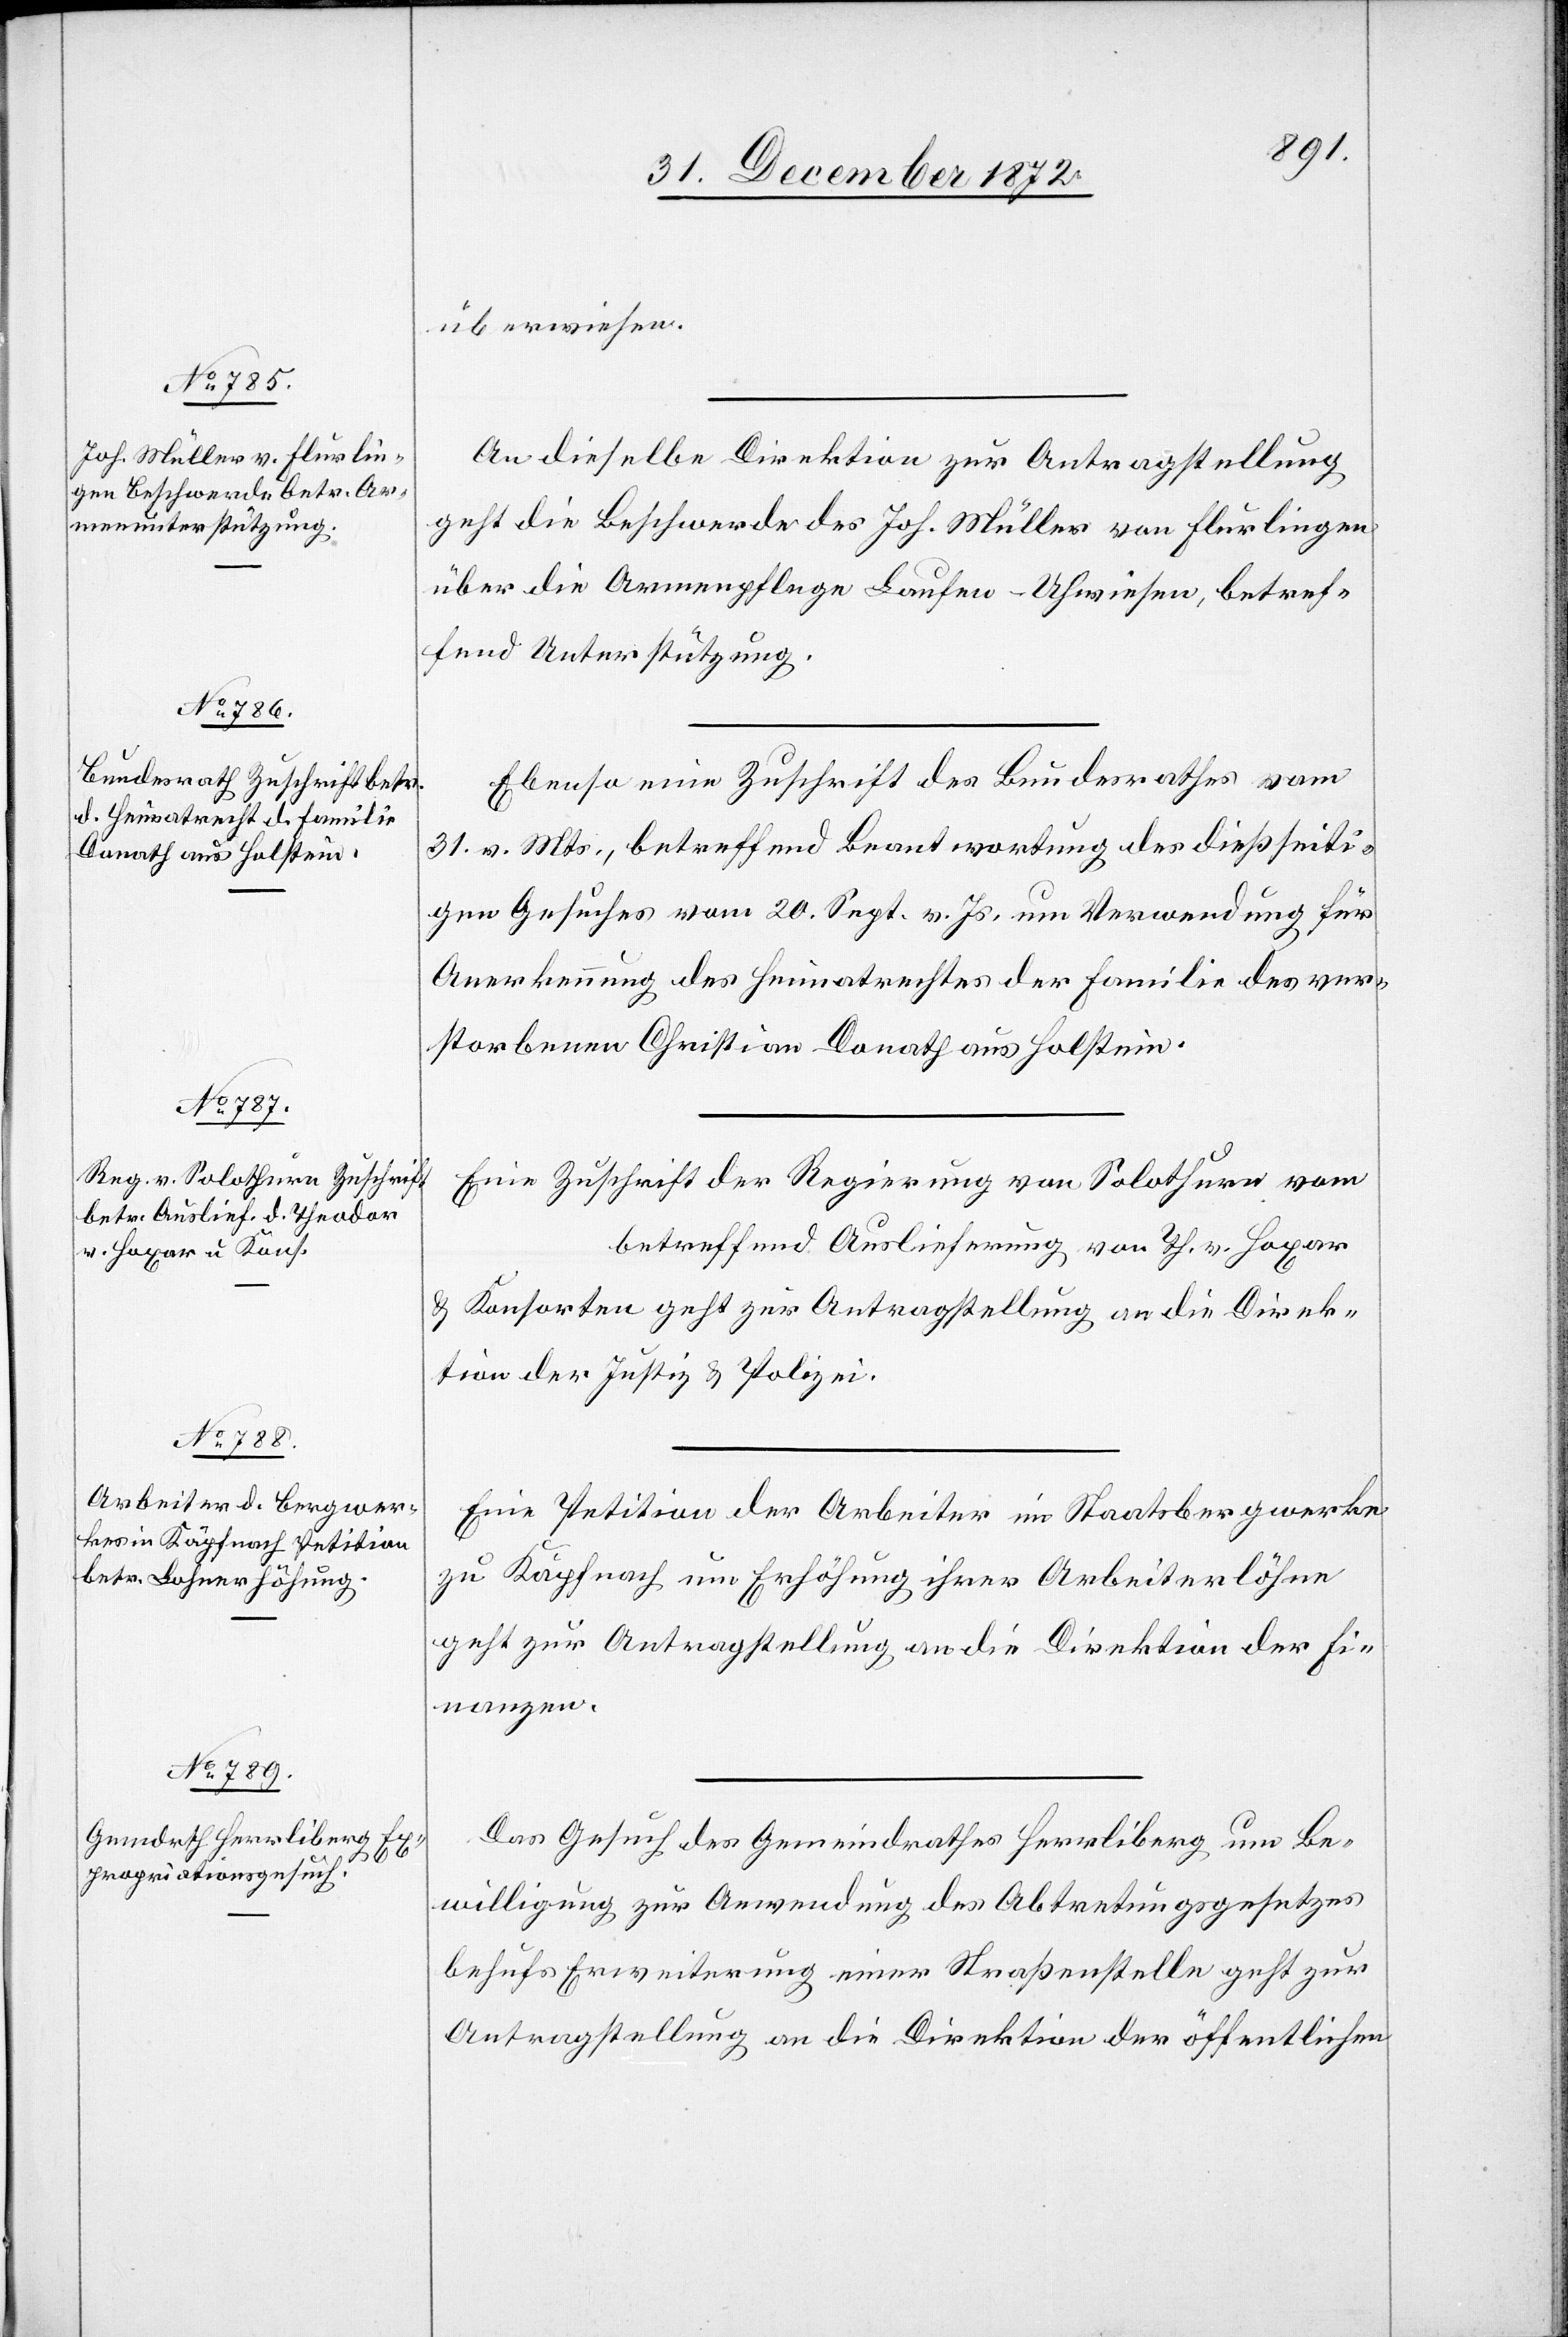
3.
1873.]

überwiesen.
An dieselbe Direktion zur Antragstellung
geht die Beschwerde des Joh. Müller von Flurlingen
über die Armenpflege Laufen-Uhwiesen, betref¬
fend Unterstützung.
Ebenso eine Zuschrift des Bundesrathes vom
31. v. Mts., betreffend Beantwortung des dießseiti¬
gen Gesuches vom 20. Sept. v. Js. um Verwendung für
Anerkennung des Heimatrechtes der Familie des ver¬
storbenen Christian Donath aus Holstein.
Eine Zuschrift der Regierung von Solothurn vom
betreffend Auslieferung von Th. v. Hoxar
u. Konsorten geht zur Antragstellung an die Direk¬
tion der Justiz u. Polizei.
Eine Petition der Arbeiter im Staatsbergwerke
zu Käpfnach um Erhöhung ihrer Arbeiterlöhne
geht zur Antragstellung an die Direktion der Fi¬
nanzen.
Das Gesuch des Gemeindrathes Herrliberg um Be¬
willigung zur Anwendung des Abtretungsgesetzes
behufs Erweiterung einer Straßenstelle geht zur
Antragstellung an die Direktion der öffentlichen